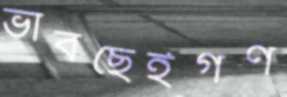
ভাবছেইগণ